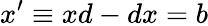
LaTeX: x^{\prime}\equiv xd-dx=b